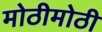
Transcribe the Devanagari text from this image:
मोठीमोठी